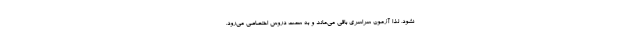
نشود، لذا آزمون سراسری باقی می‌ماند و به سمت دروس اختصاصی می‌رود.